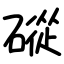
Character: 磫